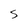
Character: s